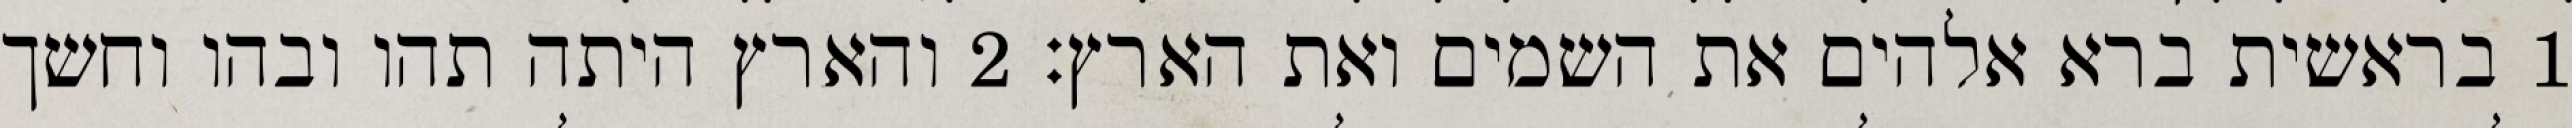
1 בראשית ברא אלהים את השמים ואת הארץ׃ ‎2‏ והארץ היתה תהו ובהו וחשך